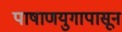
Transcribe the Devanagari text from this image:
पाषाणयुगापासून